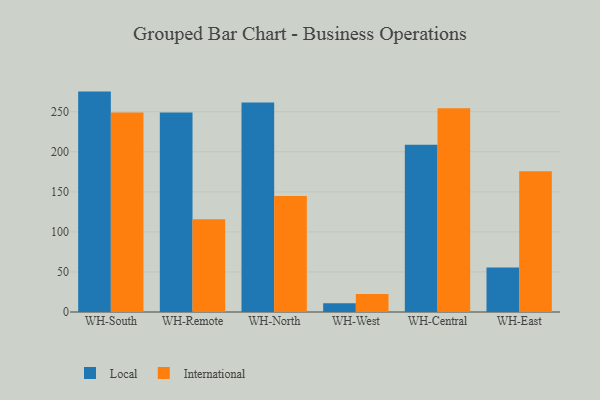
{"axis": {"x": "Warehouse", "y": "Conversion Rate (%)"}, "legend": ["International", "Local"], "data": [{"x": "WH-South", "y": 275.2, "type": "Local"}, {"x": "WH-South", "y": 249.2, "type": "International"}, {"x": "WH-Remote", "y": 249.1, "type": "Local"}, {"x": "WH-Remote", "y": 115.9, "type": "International"}, {"x": "WH-North", "y": 261.6, "type": "Local"}, {"x": "WH-North", "y": 144.7, "type": "International"}, {"x": "WH-West", "y": 10.8, "type": "Local"}, {"x": "WH-West", "y": 22.6, "type": "International"}, {"x": "WH-Central", "y": 208.8, "type": "Local"}, {"x": "WH-Central", "y": 254.4, "type": "International"}, {"x": "WH-East", "y": 55.7, "type": "Local"}, {"x": "WH-East", "y": 175.9, "type": "International"}]}